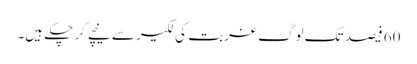
60 فیصد تک لوگ غربت کی لکیر سے نیچے گر چکے ہیں۔